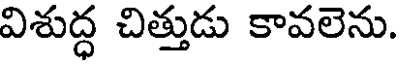
విశుద్ధ చిత్తుడు కావలెను.